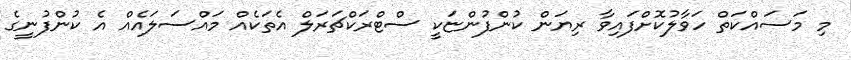
މި މަސައްކަތް ހަވާލުކޮށްފައިވާ ރިޔަން ކުންފުންޏަކީ ސްޓްރަކްޗަރަލް އެތަކެއް މައްސަލައެއް އެ ކުންފުނީގެ